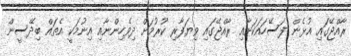
ރާއްޖޭގައި އުޅެން ފަސޭހައަކަށާއި ރާއްޖޭގައި ވިޔަފާރި ކުރުމަށް ދިވެހިންނާއި އިނުމަކީ އެތައް ބިދޭސީން